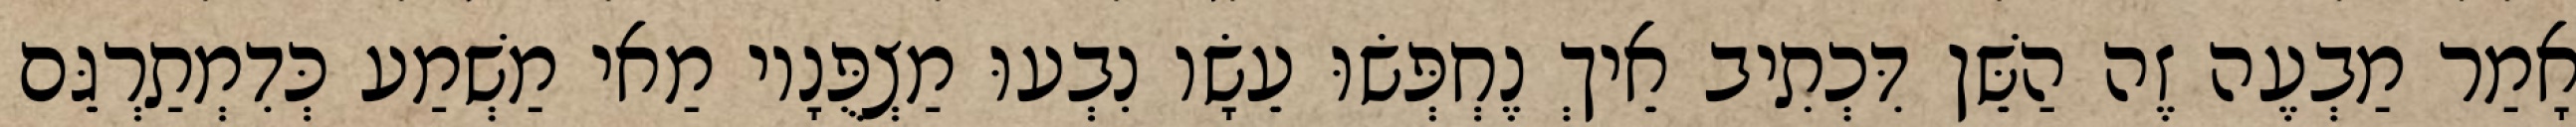
אָמַר מַבְעֶה זֶה הַשֵּׁן דִּכְתִיב אֵיךְ נֶחְפְּשׂוּ עֵשָׂו נִבְעוּ מַצְפֻּנָיו מַאי מַשְׁמַע כְּדִמְתַרְגֵּם